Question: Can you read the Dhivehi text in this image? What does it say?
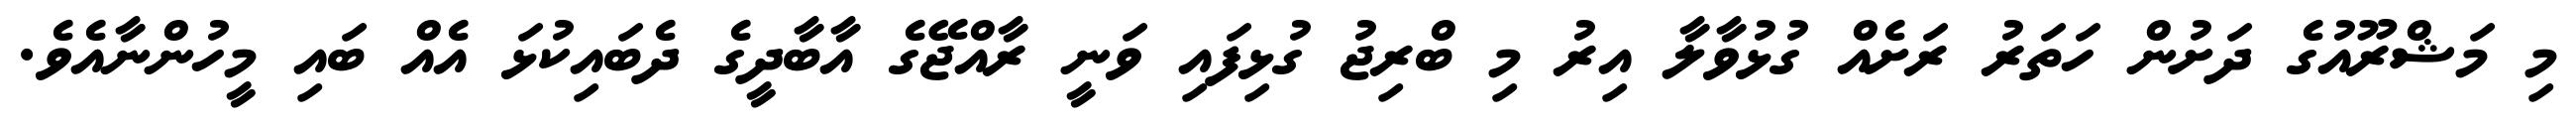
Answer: މި މަޝްރޫއުގެ ދަށުން ހަތަރު ރަށެއް ގުޅުވާލާ އިރު މި ބްރިޖު ގުޅިފައި ވަނީ ރާއްޖޭގެ އާބާދީގެ ދެބައިކުޅަ އެއް ބައި މީހުންނާއެވެ.